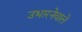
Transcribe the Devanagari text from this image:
उभारनेवाले